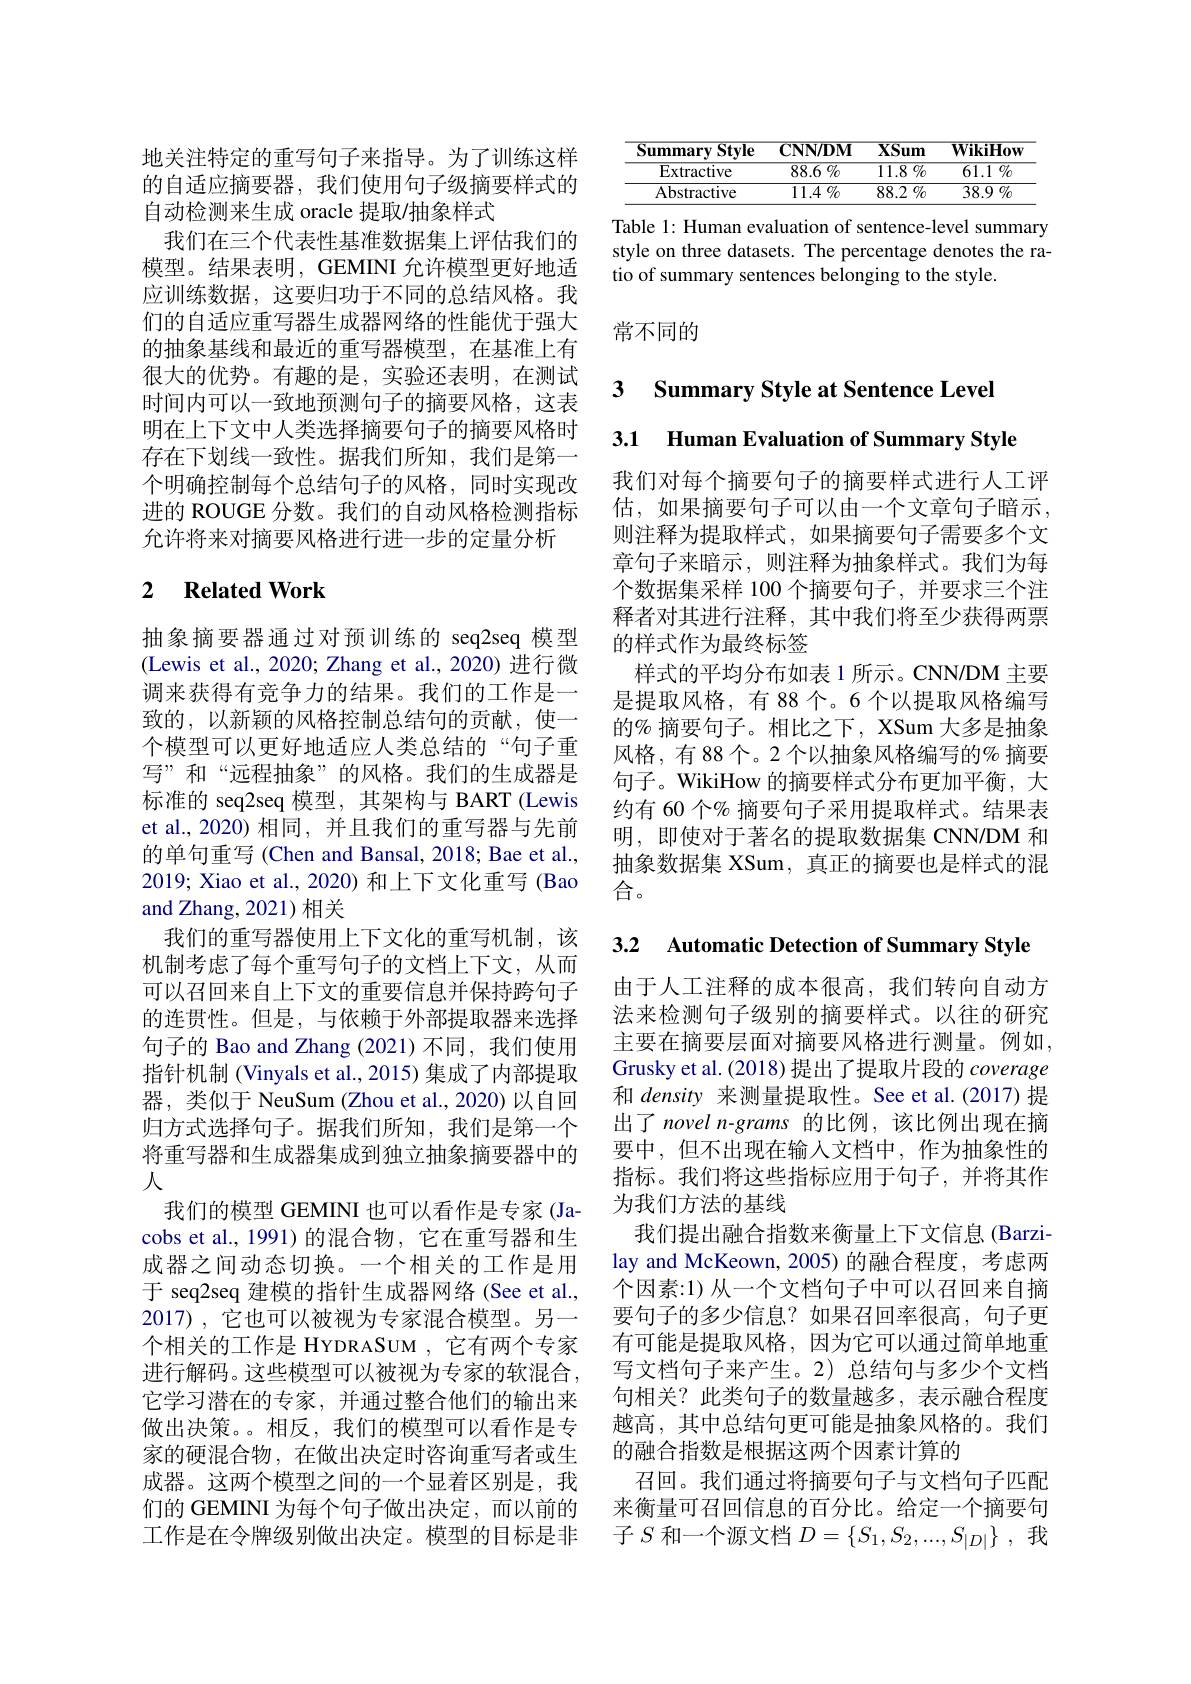
地关注特定的重写句子来指导。为了训练这样的自适应摘要器，我们使用句子级摘要样式的自动检测来生成 oracle 提取/抽象样式
我们在三个代表性基准数据集上评估我们的模型。结果表明，GEMINI 允许模型更好地适应训练数据，这要归功于不同的总结风格。我们的自适应重写器生成器网络的性能优于强大的抽象基线和最近的重写器模型，在基准上有很大的优势。有趣的是，实验还表明，在测试时间内可以一致地预测句子的摘要风格，这表明在上下文中人类选择摘要句子的摘要风格时存在下划线一致性。据我们所知，我们是第一个明确控制每个总结句子的风格，同时实现改进的 ROUGE 分数。我们的自动风格检测指标允许将来对摘要风格进行进一步的定量分析

## 2 $\textbf{Related Work}$

抽象摘要器通过对预训练的 seq2seq 模型(Lewis et al., 2020; Zhang et al., 2020)进行微调来获得有竞争力的结果。我们的工作是一致的，以新颖的风格控制总结句的贡献，使一个模型可以更好地适应人类总结的“句子重写”和“远程抽象”的风格。我们的生成器是标准的 seq2seq 模型，其架构与 BART (Lewis et al., 2020) 相同，并且我们的重写器与先前的单句重写 (Chen and Bansal, 2018; Bae et al., 2019; Xiao et al., 2020) 和上下文化重写 (Bao and Zhang, 2021)相关
我们的重写器使用上下文化的重写机制，该机制考虑了每个重写句子的文档上下文，从而可以召回来自上下文的重要信息并保持跨句子的连贯性。但是，与依赖于外部提取器来选择句子的 Bao and Zhang (2021)不同，我们使用指针机制 (Vinyals et al., 2015) 集成了内部提取器，类似于 NeuSum (Zhou et al.,2020) 以自回归方式选择句子。据我们所知，我们是第一个将重写器和生成器集成到独立抽象摘要器中的人
我们的模型 GEMINI 也可以看作是专家(Jacobs et al., 1991)的混合物，它在重写器和生成器之间动态切换。一个相关的工作是用于 seq2seq 建模的指针生成器网络(See et al., 2017),它也可以被视为专家混合模型。另一个相关的工作是 HYDRASUM , 它有两个专家进行解码。这些模型可以被视为专家的软混合， 它学习潜在的专家，并通过整合他们的输出来做出决策。相反，我们的模型可以看作是专家的硬混合物，在做出决定时咨询重写者或生成器。这两个模型之间的一个显着区别是，我们的 GEMINI 为每个句子做出决定，而以前的工作是在令牌级别做出决定。模型的目标是非

<table>
	<tbody>
		<tr>
			<th>Summary $\overline{\mathbf{Style}}$</th>
			<th>$\mathbf{CNN/DM}$</th>
			<th>$\overline{XSum}$</th>
			<th>${\mathbf{WikiHow}}$</th>
		</tr>
		<tr>
			<td>Extractive</td>
			<td>88.6 $\%$</td>
			<td>$\overline{11.8\%}$</td>
			<td>$61.1\%$</td>
		</tr>
		<tr>
			<td>Abstractive</td>
			<td>$11.4\%$</td>
			<td>88.2 $\%$</td>
			<td>38.9 $\%$</td>
		</tr>
	</tbody>
</table>

Table 1: Human evaluation of sentence-level summary style on three datasets. The percentage denotes the ratio of summary sentences belonging to the style.

常不同的

### 3 Summarv Stvle at Sentence Level

3.1 Human Evaluation of Summary Style

我们对每个摘要句子的摘要样式进行人工评估，如果摘要句子可以由一个文章句子暗示， 则注释为提取样式，如果摘要句子需要多个文章句子来暗示，则注释为抽象样式。我们为每个数据集采样 100 个摘要句子，并要求三个注释者对其进行注释，其中我们将至少获得两票的样式作为最终标签
样式的平均分布如表 1 所示。CNN/DM 主要是提取风格，有 88个。6 个以提取风格编写的% 摘要句子。相比之下，XSum 大多是抽象风格，有 88个。2 个以抽象风格编写的% 摘要句子。WikiHow 的摘要样式分布更加平衡，大约有 60 个% 摘要句子采用提取样式。结果表明，即使对于著名的提取数据集 CNN/DM 和抽象数据集 XSum, 真正的摘要也是样式的混合。

3.2 $\textbf{Automatic Detection of Summary Style}$

由于人工注释的成本很高，我们转向自动方法来检测句子级别的摘要样式。以往的研究主要在摘要层面对摘要风格进行测量。例如， Grusky et al. (2018) 提出了提取片段的 coverage 和 density 来测量提取性。See et al.(2017)提出了 novel n-grams 的比例，该比例出现在摘要中，但不出现在输入文档中，作为抽象性的指标。我们将这些指标应用于句子，并将其作为我们方法的基线
我们提出融合指数来衡量上下文信息 (Barzi-) lay and McKeown, 2005) 的融合程度，考虑两个因素：1) 从一个文档句子中可以召回来自摘要句子的多少信息？如果召回率很高，句子更有可能是提取风格，因为它可以通过简单地重写文档句子来产生。2)总结句与多少个文档句相关？此类句子的数量越多，表示融合程度越高，其中总结句更可能是抽象风格的。我们的融合指数是根据这两个因素计算的
召回。我们通过将摘要句子与文档句子匹配来衡量可召回信息的百分比。给定一个摘要句子$S$和一个源文档$D=\{S_1,S_2,...,S_{|D|}\}$,我